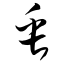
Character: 缶